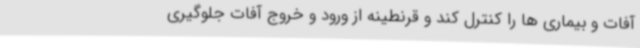
آفات و بیماری ها را کنترل کند و قرنطینه از ورود و خروج آفات جلوگیری